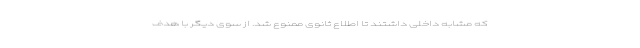
که مشابه داخلی داشتند تا اطلاع ثانوی ممنوع شد. از سوی دیگر با هدف